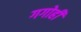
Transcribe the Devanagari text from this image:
गगोही